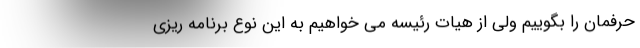
حرفمان را بگوییم ولی از هیات رئیسه می خواهیم به این نوع برنامه ریزی